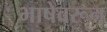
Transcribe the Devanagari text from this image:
भाषेवरून